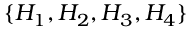
\{ H _ { 1 } , H _ { 2 } , H _ { 3 } , H _ { 4 } \}